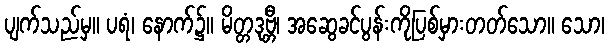
ပျက်သည်မှ။ ပရံ၊ နောက်၌။ မိတ္တဒုဗ္ဘီ၊ အဆွေခင်ပွန်းကိုပြစ်မှားတတ်သော။ သော၊